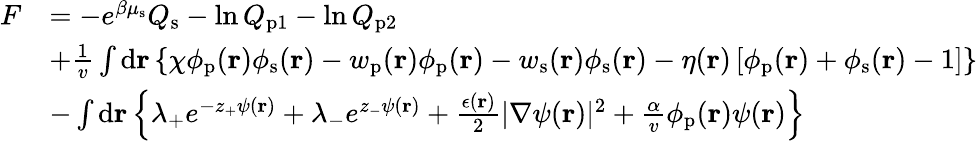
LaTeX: \begin{array}{rl}{F}&{=-e^{\beta\mu_{\mathrm{s}}}Q_{\mathrm{s}}-\ln Q_{\mathrm{p}1}-\ln Q_{\mathrm{p}2}}\\ &{+\frac{1}{v}\int\mathrm{d}{\mathbf{r}}\left\{ \chi\phi_{\mathrm{p}}(\mathbf{r})\phi_{\mathrm{s}}(\mathbf{r})-w_{\mathrm{p}}(\mathbf{r})\phi_{\mathrm{p}}(\mathbf{r})-w_{\mathrm{s}}(\mathbf{r})\phi_{\mathrm{s}}(\mathbf{r})-\eta(\mathbf{r})\left[\phi_{\mathrm{p}}(\mathbf{r})+\phi_{\mathrm{s}}(\mathbf{r})-1\right]\right\} }\\ &{-\int\mathrm{d}\mathbf{r}\left\{ \lambda_{+}e^{-z_{+}\psi(\mathbf{r})}+\lambda_{-}e^{z_{-}\psi(\mathbf{r})}+\frac{\epsilon(\mathbf{r})}{2}|\nabla\psi(\mathbf{r})|^{2}+\frac{\alpha}{v}\phi_{\mathrm{p}}(\mathbf{r})\psi(\mathbf{r})\right\} }\end{array}